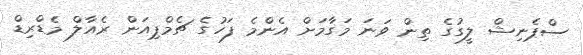
ސްޕެނިޝް ލީގުގެ ތިން ވަނަ މަގާމަށް އެންމެ ފަހުގެ ޗެމްޕިއަން ރެއާލް މެޑްރިޑް